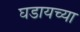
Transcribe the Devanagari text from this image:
घडायच्या